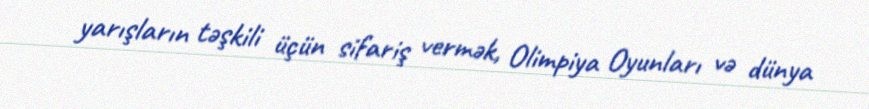
yarışların təşkili üçün sifariş vermək, Olimpiya Oyunları və dünya